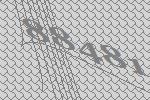
88481